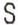
S